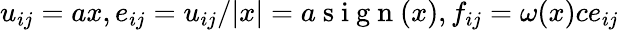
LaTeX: u_{ij}=ax,e_{ij}=u_{ij}/|x|=a\mathrm{~s~i~g~n~}(x),f_{ij}=\omega(x)ce_{ij}